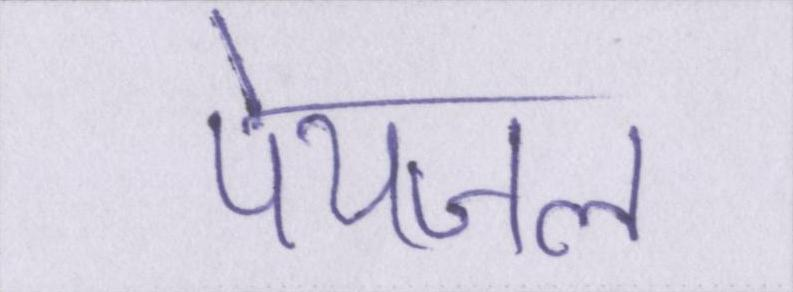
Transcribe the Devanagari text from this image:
पेयजल